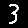
Digit: 3